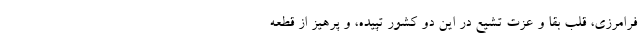
فرامرزی، قلب بقا و عزت تشیع در این دو کشور تپیده، و پرهیز از قطعه